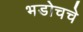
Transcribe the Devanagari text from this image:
भडोचचे